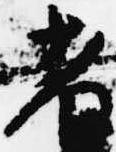
者